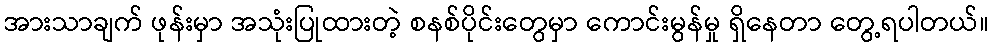
အားသာချက် ဖုန်းမှာ အသုံးပြုထားတဲ့ စနစ်ပိုင်းတွေမှာ ကောင်းမွန်မှု ရှိနေတာ တွေ့ရပါတယ်။